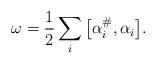
LaTeX: \begin{align*} \omega = \frac{1}{2} \sum_i \big[\alpha_i^\#,\alpha_i\big].\end{align*}